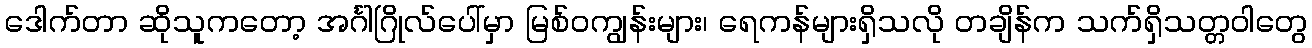
ဒေါက်တာ ဆိုသူကတော့ အင်္ဂါဂြိုလ်ပေါ်မှာ မြစ်ဝကျွန်းများ၊ ရေကန်များရှိသလို တချိန်က သက်ရှိသတ္တဝါတွေ